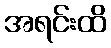
အရင်းထိ